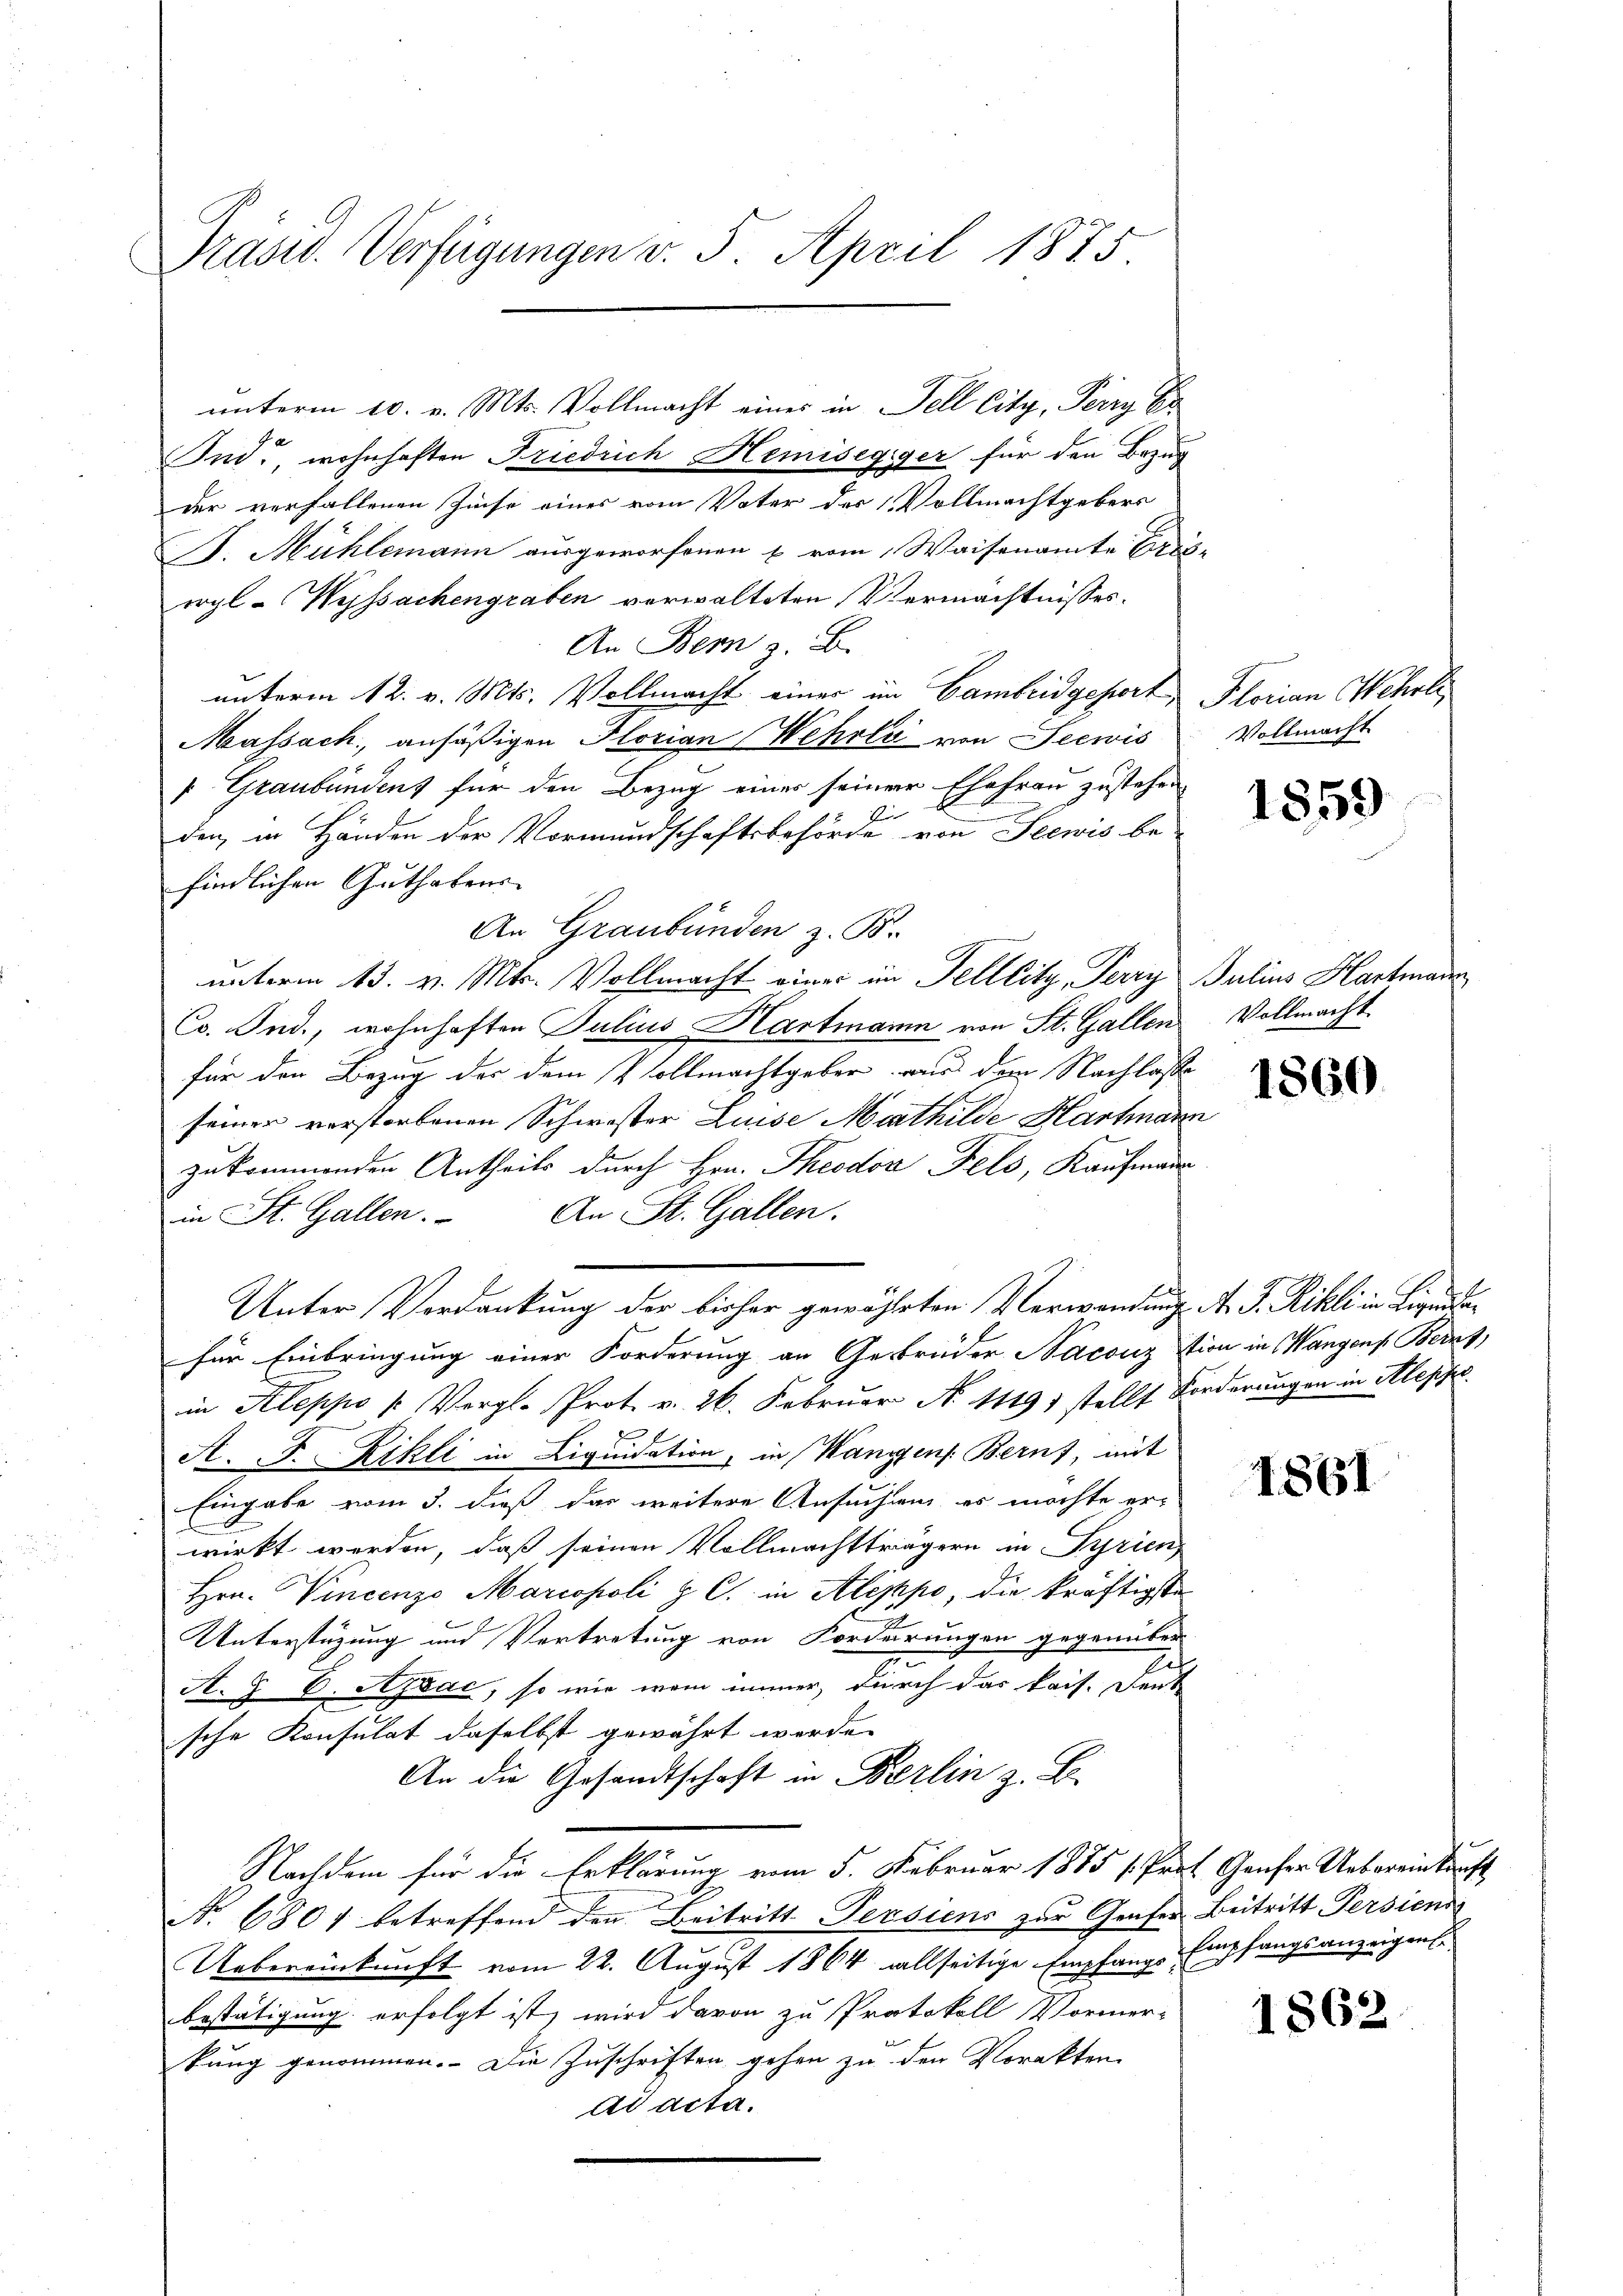
Präsid. Verfügungen v. 5. April 1875.

unterm 10. v. Mts. Vollmacht eines in Fell City, Perry E
Ind., wohnhaften Friedrich Hemisegiger für den Bezug
der verfallenen Zinse eines vom Vater der Vollmachtgebers
B. Mühlemann ausgeworfenen & vom Waisenamte Gres-
orgl. Wyssachengraben verwalteten Vermächtnisses.
An Bern z. B.
unterm 12. v. Mts. Vollmacht einer im Cambridgeport, Florian Wehrli
Massach, ansäßigen Horian Wehrli von Seewis
 Graubündens für den Bezug einer seiner Ehefrau zustehen
2
den, in Händen der Vormundschaftsbehörde von Seewis be-
findlichen Guthabens
An Graubünden z. B.
unterm 13. v. Mts. Vollmacht einer im Felllitz, Perry Julius Hartmann
Co. Ind., wohnhaften Julius Hartmann von St. Gallen
für den Bezug der dem Vollmachtgeber uns dem Nachlasse
seiner vorstorbenen Schwister Luise Marthilde Hartmann
zukommenden Antheils durch Hrn. Theodor Fels, Kaufmann
An St. Gallen.
in St. Gallen.
Unter Verdankung der bisher gewährten Verwandung A. S. Rikli in Liquidafür Einbringung einer Forderung an Gebrüder Naconztion in Wangen Berns,
in Kleppo [Vergl. Prot. v. 26. Februar N. 11491 stellt Forderungen in Alepfe
A. F. Rikli in Liquidation, in Wangen Bern, mit
Eingabe vom 3. dieß das weitere Ansuchung es möchte er-
wirkt worden, daß seinen Vollmachtträgern in Pyrien
Hrn. Vincenzo Mariesholi p. C. in Aleppe, die kräftigste
Unterstüzung und Vertretung von Forderungen gegenüber
A. G. B. Azbac, so wie wenn immer, durch das kais. Deut
sche Konsulat daselbst gewährt werde.
An die Gesandtschaft in Berlin z. B.
Nachdem für die Erklärung vom 5. Februar 1885 1. Prof. Genfer Uebereinkunft
No. 6804 betreffend den Beitritt Persiens zur Genfer Beitritt Persiena
Uebereinkunft vom 22. August 1864 allseitige Empfang Empfangsanzeigens
bestätigung erfolgt ist, wird davon zu Protokoll Vormer-
kung genommen. Die Zuschriften gehen zu den Vorakten
ad acta.

Vollmacht

1859

Vollmacht.

1860

1861

1862